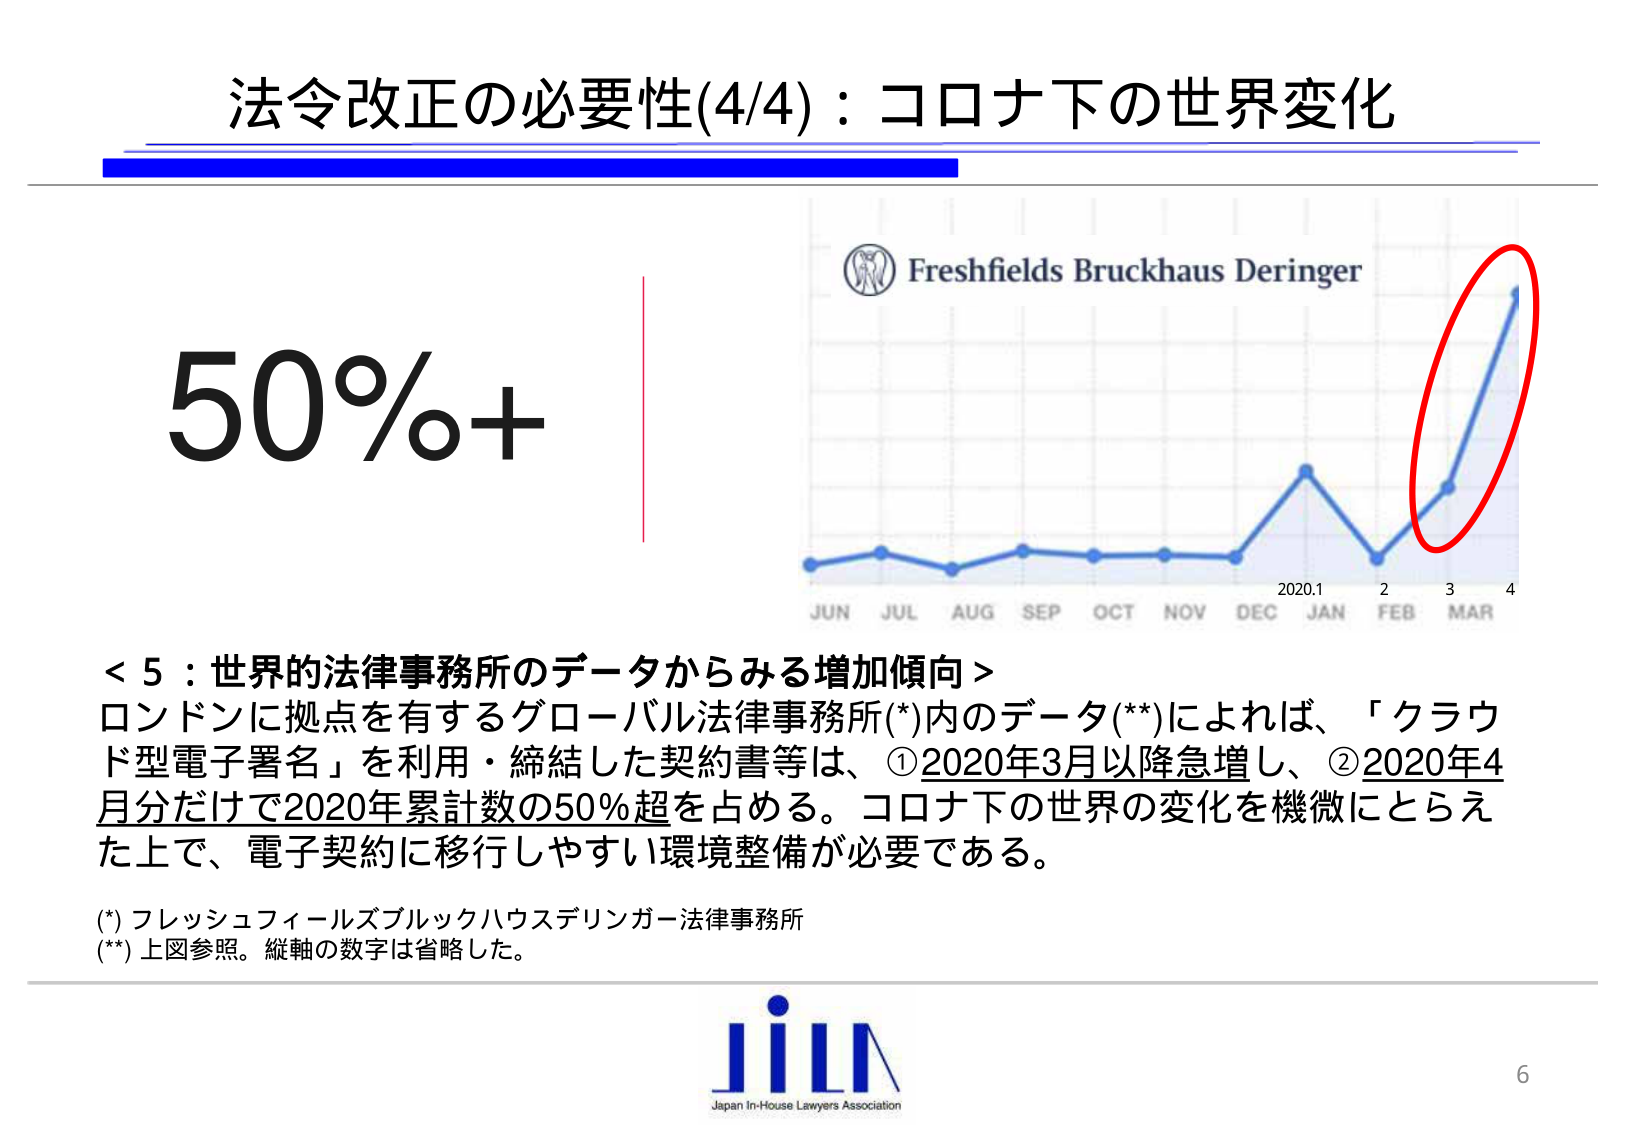
法令改正の必要性(4/4)：コロナ下の世界変化

50%+

Freshfields Bruckhaus Deringer

JUN JUL AUG SEP OCT NOV DEC JAN FEB MAR
2020.1 2 3 4

＜5：世界的法律事務所のデータからみる増加傾向＞
ロンドンに拠点を有するグローバル法律事務所(*)内のデータ(**)によれば、「クラウド型電子署名」を利用・締結した契約書等は、①2020年3月以降急増し、②2020年4月分だけで2020年累計数の50%超を占める。コロナ下の世界の変化を機微にとらえた上で、電子契約に移行しやすい環境整備が必要である。

(*) フレッシュフィールズブルックハウスデリンガー法律事務所
(**) 上図参照。縦軸の数字は省略した。

JILA
Japan In-House Lawyers Association

6